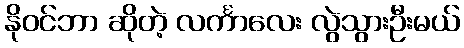
နိုဝင်ဘာ ဆိုတဲ့ လင်္ကာလေး လွဲသွားဦးမယ်